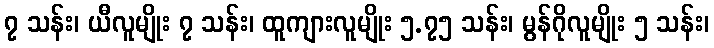
၇ သန်း၊ ယီလူမျိုး ၇ သန်း၊ ထူကျားလူမျိုး ၅.၇၅ သန်း၊ မွန်ဂိုလူမျိုး ၅ သန်း၊